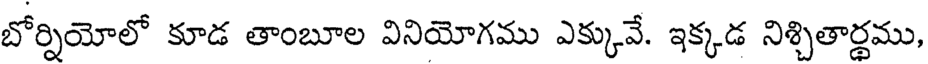
బోర్నియోలో కూడ తాంబూల వినియోగము ఎక్కువే. ఇక్కడ నిశ్చితార్థము,